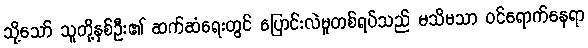
သို့သော် သူတို့နှစ်ဦး၏ ဆက်ဆံရေးတွင် ပြောင်းလဲမှုတစ်ရပ်သည် မသိမသာ ဝင်ရောက်နေရာ